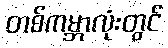
တစ်ကမ္ဘာလုံးတွင်